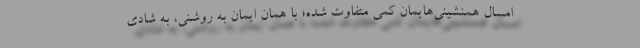
امسال همنشینی‌هایمان کمی متفاوت شده؛ با همان ایمان به روشنی، به شادی